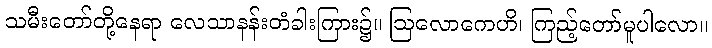
သမီးတော်တို့နေရာ လေသာနန်းတံခါးကြား၌။ ဩလောကေဟိ၊ ကြည့်တော်မူပါလော။